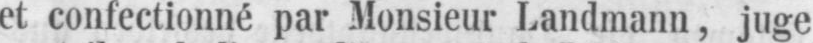
et confectionné par Monsieur Landmann, juge